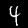
Digit: 4